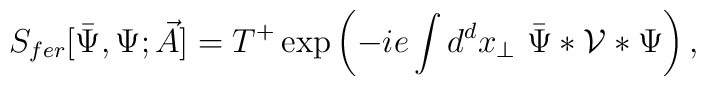
S_{fer}[\bar{\Psi}, \Psi; \vec{A}] = T^{+} \exp \left( - i e\int d^dx_\perp \ \bar{\Psi} \ast {\cal V}\ast \Psi\right),